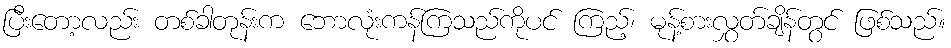
ပြီးတော့လည်း တစ်ခါတုန်းက ဘောလုံးကန်ကြသည်ကိုပင် ကြည့်၊ မုန့်စားလွှတ်ချိန်တွင် ဖြစ်သည်။